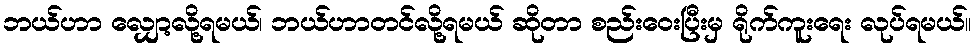
ဘယ်ဟာ လျှော့လို့ရမယ်၊ ဘယ်ဟာတင်လို့ရမယ် ဆိုတာ စည်းဝေးပြီးမှ ရိုက်ကူးရေး လုပ်ရမယ်။